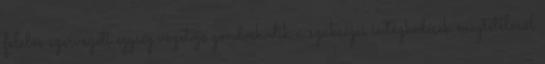
felelős szervezeti egység vezetője gondoskodik a szükséges intézkedések megtételéről